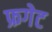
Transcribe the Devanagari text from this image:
फ्रगेट